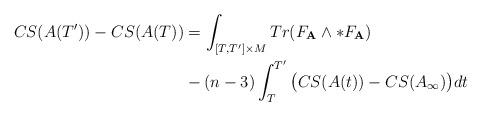
LaTeX: \begin{align*}CS(A(T'))-CS(A(T))&=\int_{[T,T']\times{M}}Tr(F_{\textbf{A}}\wedge\ast{F}_{\textbf{A}})\\&-(n-3)\int_{T}^{T'}\big{(}CS(A(t))-CS(A_{\infty})\big{)}dt\\\end{align*}